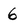
Character: 6